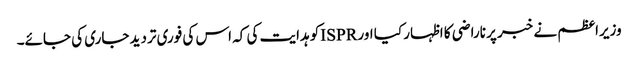
وزیراعظم نے خبر پر ناراضی کا اظہار کیا اور ISPRکو ہدایت کی کہ اس کی فوری تردید جاری کی جائے۔